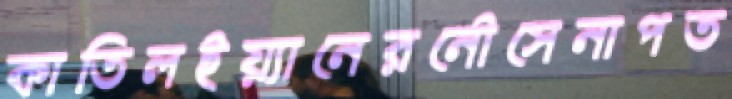
কাতিলইয়্যানেরনৌসেনাপত